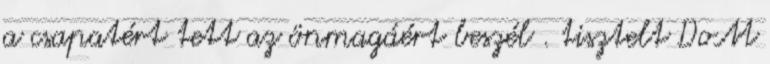
a csapatért tett az önmagáért beszél . tisztelt DoM